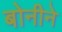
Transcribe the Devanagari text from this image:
बोनीने